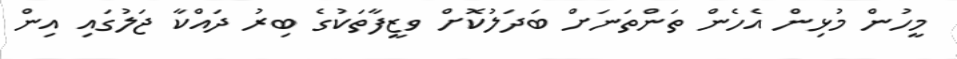
މީހުން މުޅިން އެހެން ތަންތަނަށް ބަދަލުކޮށް ވޒީފާތަކުގެ ބިރު ދައްކާ ޖަލުގައި އިން